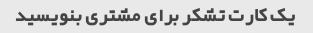
یک کارت تشکر برای مشتری بنویسید